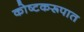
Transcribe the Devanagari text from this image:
कोष्टकरूपात